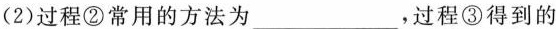
(2)过程②常用的方法为___，过程③得到的